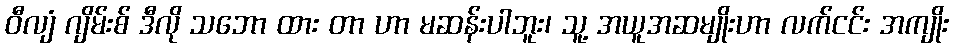
ဝီလျံ ဂျိမ်းစ် ဒီလို သဘော ထား တာ ဟာ မဆန်းပါဘူး၊ သူ့ အယူအဆမျိုးဟာ လက်ငင်း အကျိုး